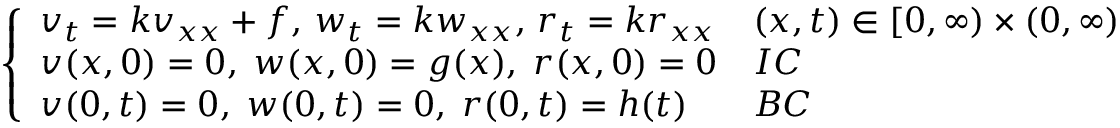
\left\{ \begin{array} { l l } { v _ { t } = k v _ { x x } + f , \, w _ { t } = k w _ { x x } , \, r _ { t } = k r _ { x x } } & { ( x , t ) \in [ 0 , \infty ) \times ( 0 , \infty ) } \\ { v ( x , 0 ) = 0 , \; w ( x , 0 ) = g ( x ) , \; r ( x , 0 ) = 0 } & { I C } \\ { v ( 0 , t ) = 0 , \; w ( 0 , t ) = 0 , \; r ( 0 , t ) = h ( t ) } & { B C } \end{array} \right.